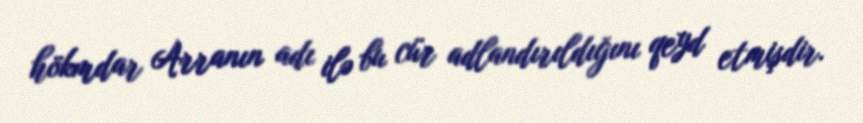
hökmdar Arranın adı ilə bu cür adlandırıldığını qeyd etmişdir.